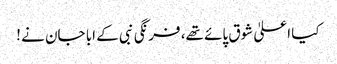
کیا اعلیٰ شوق پائے تھے، فرنگی نبی کے ابا جان نے !